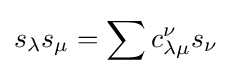
s_{\lambda }s_{\mu }=\sum c_{\lambda \mu }^{\nu }s_{\nu }